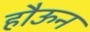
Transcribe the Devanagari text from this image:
हौऊन